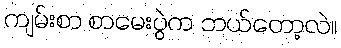
ကျမ်းစာ စာမေးပွဲက ဘယ်တော့လဲ။